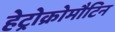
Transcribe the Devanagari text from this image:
हेट्रोक्रोमौटिन